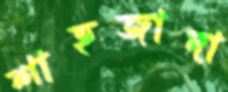
শাহজাদা